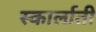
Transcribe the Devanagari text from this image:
स्कार्लाती